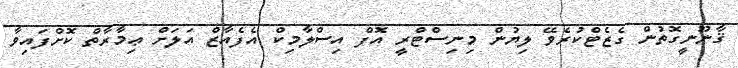
ޤާނޫނީގޮތުން ގެޒެޓްކުރެވޭ ލިޔުން މިނިސްޓްރީ އޮފް އިސްލާމިކް އެފެއާޒް އަލަށް ޢިމާރާތް ކޮށްފައިވާ